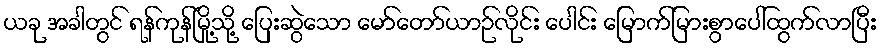
ယခု အခါတွင် ရန်ကုန်မြို့သို့ ပြေးဆွဲသော မော်တော်ယာဉ်လိုင်း ပေါင်း မြောက်မြားစွာပေါ်ထွက်လာပြီး